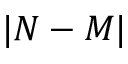
| N - M |